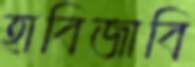
হাবিজাবি